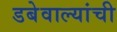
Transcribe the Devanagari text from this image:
डबेवाल्यांची